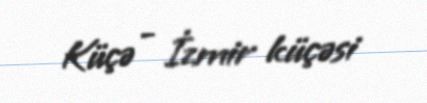
Küçə - İzmir küçəsi